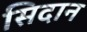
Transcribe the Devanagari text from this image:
सिदान